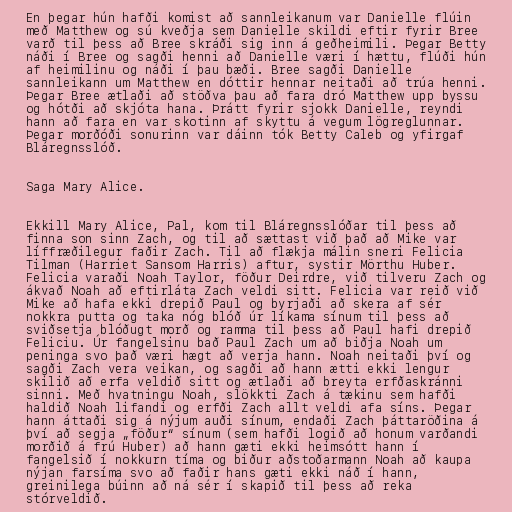
En þegar hún hafði komist að sannleikanum var Danielle flúin
með Matthew og sú kveðja sem Danielle skildi eftir fyrir Bree
varð til þess að Bree skráði sig inn á geðheimili. Þegar Betty
náði í Bree og sagði henni að Danielle væri í hættu, flúði hún
af heimilinu og náði í þau bæði. Bree sagði Danielle
sannleikann um Matthew en dóttir hennar neitaði að trúa henni.
Þegar Bree ætlaði að stöðva þau að fara dró Matthew upp byssu
og hótði að skjóta hana. Þrátt fyrir sjokk Danielle, reyndi
hann að fara en var skotinn af skyttu á vegum lögreglunnar.
Þegar morðóði sonurinn var dáinn tók Betty Caleb og yfirgaf
Bláregnsslóð.

Saga Mary Alice.

Ekkill Mary Alice, Pal, kom til Bláregnsslóðar til þess að
finna son sinn Zach, og til að sættast við það að Mike var
líffræðilegur faðir Zach. Til að flækja málin sneri Felicia
Tilman (Harriet Sansom Harris) aftur, systir Mörthu Huber.
Felicia varaði Noah Taylor, föður Deirdre, við tilveru Zach og
ákvað Noah að eftirláta Zach veldi sitt. Felicia var reið við
Mike að hafa ekki drepið Paul og byrjaði að skera af sér
nokkra putta og taka nóg blóð úr líkama sínum til þess að
sviðsetja blóðugt morð og ramma til þess að Paul hafi drepið
Feliciu. Úr fangelsinu bað Paul Zach um að biðja Noah um
peninga svo það væri hægt að verja hann. Noah neitaði því og
sagði Zach vera veikan, og sagði að hann ætti ekki lengur
skilið að erfa veldið sitt og ætlaði að breyta erfðaskránni
sinni. Með hvatningu Noah, slökkti Zach á tækinu sem hafði
haldið Noah lifandi og erfði Zach allt veldi afa síns. Þegar
hann áttaði sig á nýjum auði sínum, endaði Zach þáttaröðina á
því að segja „föður“ sínum (sem hafði logið að honum varðandi
morðið á frú Huber) að hann gæti ekki heimsótt hann í
fangelsið í nokkurn tíma og biður aðstoðarmann Noah að kaupa
nýjan farsíma svo að faðir hans gæti ekki náð í hann,
greinilega búinn að ná sér í skapið til þess að reka
stórveldið.